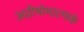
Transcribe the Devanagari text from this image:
अग्नीषोमात्मकं